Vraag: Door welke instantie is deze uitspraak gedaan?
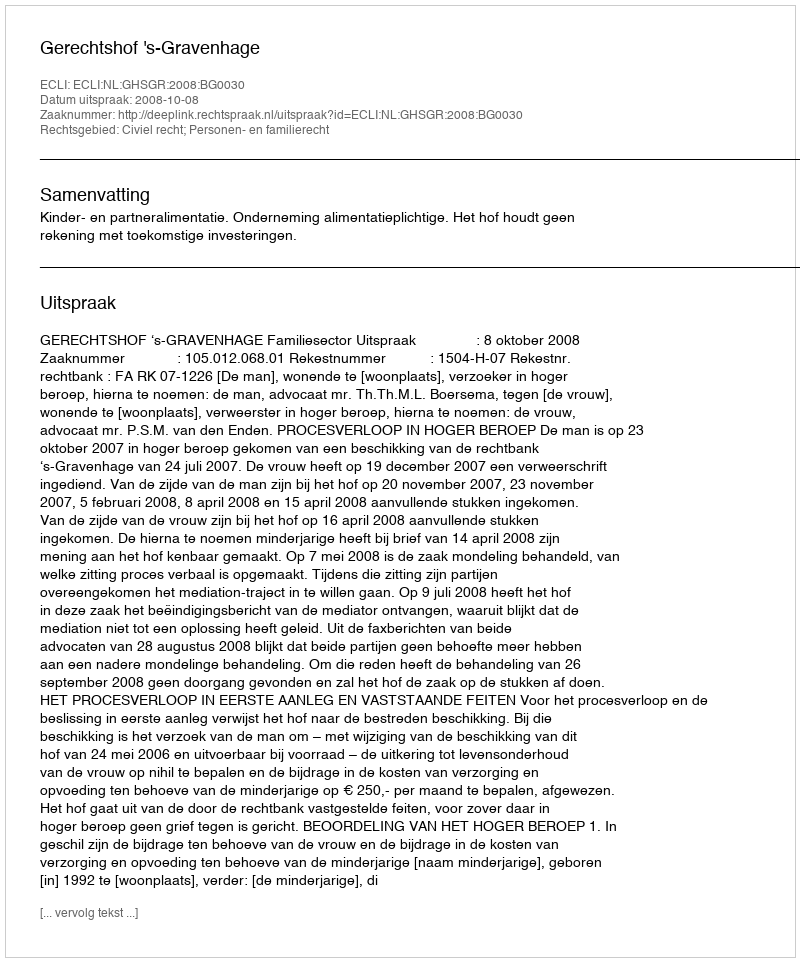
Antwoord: Gerechtshof 's-Gravenhage